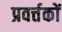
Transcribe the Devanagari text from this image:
प्रवर्त्तकों